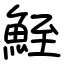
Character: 𩶪